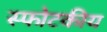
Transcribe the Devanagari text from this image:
स्फोटकीय